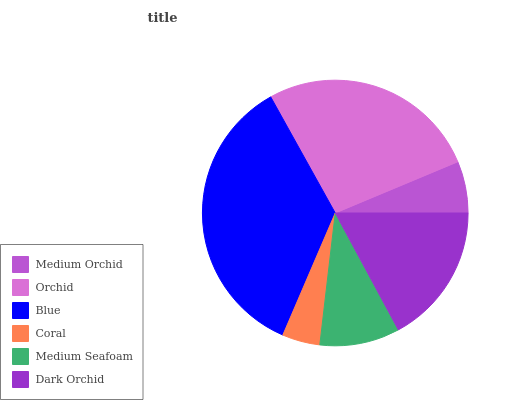
| Medium Orchid | Orchid | Blue | Coral | Medium Seafoam | Dark Orchid |
 | --- | --- | --- | --- | --- | --- |
 | 6.3% | 26.7% | 35.5% | 4.6% | 9.72% | 17.2% |